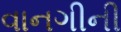
વાનગીની